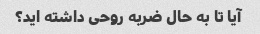
آیا تا به حال ضربه روحی داشته اید؟